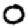
Digit: 0